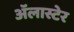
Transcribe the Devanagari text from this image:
अॅलास्टेर